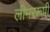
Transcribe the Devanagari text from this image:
लीमररूपी